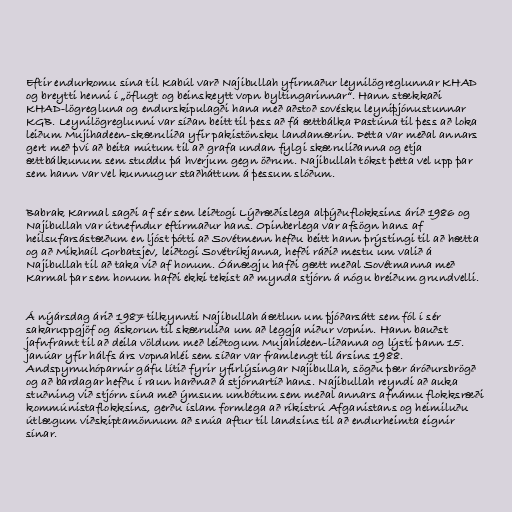
Eftir endurkomu sína til Kabúl varð Najibullah yfirmaður leynilögreglunnar KHAD
og breytti henni í „öflugt og beinskeytt vopn byltingarinnar“. Hann stækkaði
KHAD-lögregluna og endurskipulagði hana með aðstoð sovésku leyniþjónustunnar
KGB. Leynilögreglunni var síðan beitt til þess að fá ættbálka Pastúna til þess að loka
leiðum Mujihadeen-skæruliða yfir pakistönsku landamærin. Þetta var meðal annars
gert með því að beita mútum til að grafa undan fylgi skæruliðanna og etja
ættbálkunum sem studdu þá hverjum gegn öðrum. Najibullah tókst þetta vel upp þar
sem hann var vel kunnugur staðháttum á þessum slóðum.

Babrak Karmal sagði af sér sem leiðtogi Lýðræðislega alþýðuflokksins árið 1986 og
Najibullah var útnefndur eftirmaður hans. Opinberlega var afsögn hans af
heilsufarsástæðum en ljóst þótti að Sovétmenn hefðu beitt hann þrýstingi til að hætta
og að Mikhaíl Gorbatsjev, leiðtogi Sovétríkjanna, hefði ráðið mestu um valið á
Najibullah til að taka við af honum. Óánægju hafði gætt meðal Sovétmanna með
Karmal þar sem honum hafði ekki tekist að mynda stjórn á nógu breiðum grundvelli.

Á nýársdag árið 1987 tilkynnti Najibullah áætlun um þjóðarsátt sem fól í sér
sakaruppgjöf og áskorun til skæruliða um að leggja niður vopnin. Hann bauðst
jafnframt til að deila völdum með leiðtogum Mujahideen-liðanna og lýsti þann 15.
janúar yfir hálfs árs vopnahléi sem síðar var framlengt til ársins 1988.
Andspyrnuhóparnir gáfu lítið fyrir yfirlýsingar Najibullah, sögðu þær áróðursbrögð
og að bardagar hefðu í raun harðnað á stjórnartíð hans. Najibullah reyndi að auka
stuðning við stjórn sína með ýmsum umbótum sem meðal annars afnámu flokksræði
kommúnistaflokksins, gerðu íslam formlega að ríkistrú Afganistans og heimiluðu
útlægum viðskiptamönnum að snúa aftur til landsins til að endurheimta eignir
sínar.